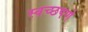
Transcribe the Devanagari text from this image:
स्वच्छपणे